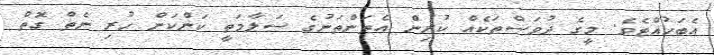
އެބަހުއްޓެވެ. މީގެ ދުވަސްތަކެއް ކުރިން އެތަންތަނުގެ ސަލާމަތީ ކަންކަން ހުރި ނެތް ގޮތް